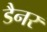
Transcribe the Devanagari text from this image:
डैनर